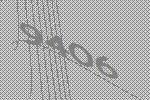
9406